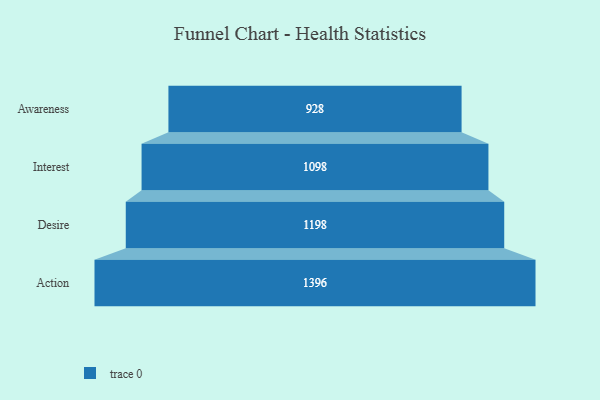
{"axis": {"x": "Stage", "y": "Value"}, "legend": [""], "data": [{"x": "Awareness", "y": 928.0, "type": ""}, {"x": "Interest", "y": 1098.0, "type": ""}, {"x": "Desire", "y": 1198.0, "type": ""}, {"x": "Action", "y": 1396.0, "type": ""}]}